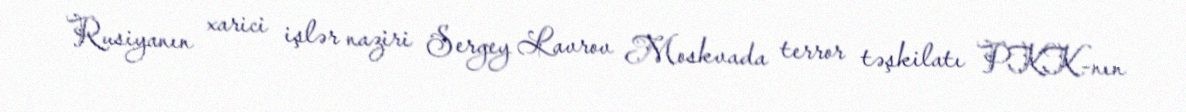
Rusiyanın xarici işlər naziri Sergey Lavrov Moskvada terror təşkilatı PKK-nın